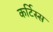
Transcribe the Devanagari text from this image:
कर्टिस्स